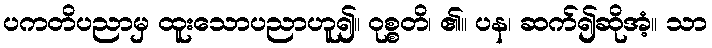
ပကတိပညာမှ ထူးသောပညာဟူ၍။ ဝုစ္စတိ၊ ၏။ ပန၊ ဆက်၍ဆိုအံ့။ သာ